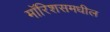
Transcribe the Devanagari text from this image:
मॉरिशसमधील